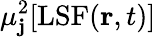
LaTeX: \mu_{\mathbf{j}}^{2}[\mathrm{{LSF}}(\mathbf{{r}},t)]